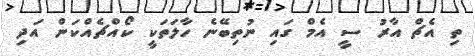
ތި އެޗް އާރު ސީ އެމް ގައި ނުތިބޭނެ ހާލަތަކީ ކޯއްޗެއްކަން އަދި